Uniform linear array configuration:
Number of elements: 12
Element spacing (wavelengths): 0.25
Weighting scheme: blackman
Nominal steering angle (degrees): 15
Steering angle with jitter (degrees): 14.422
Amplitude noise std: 0.05
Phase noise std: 0.05

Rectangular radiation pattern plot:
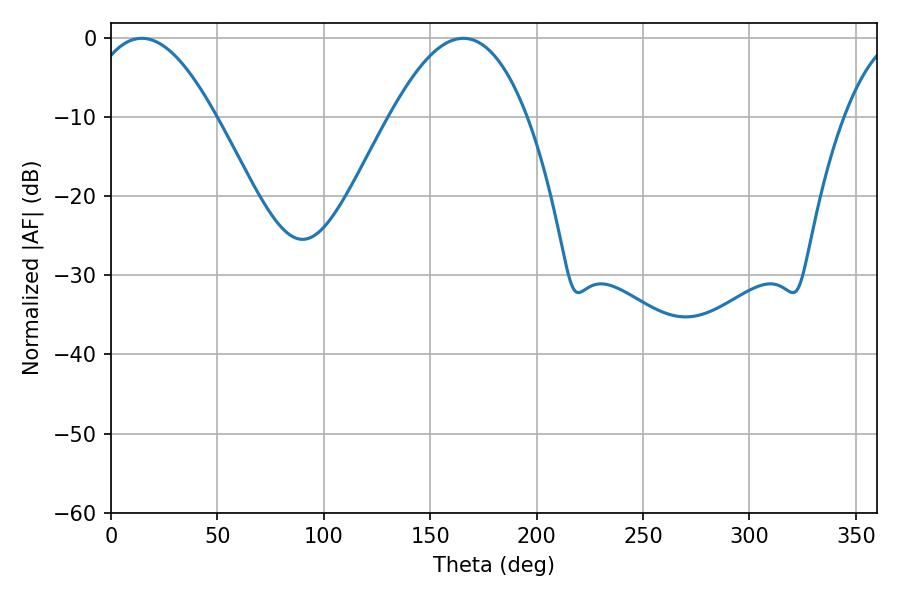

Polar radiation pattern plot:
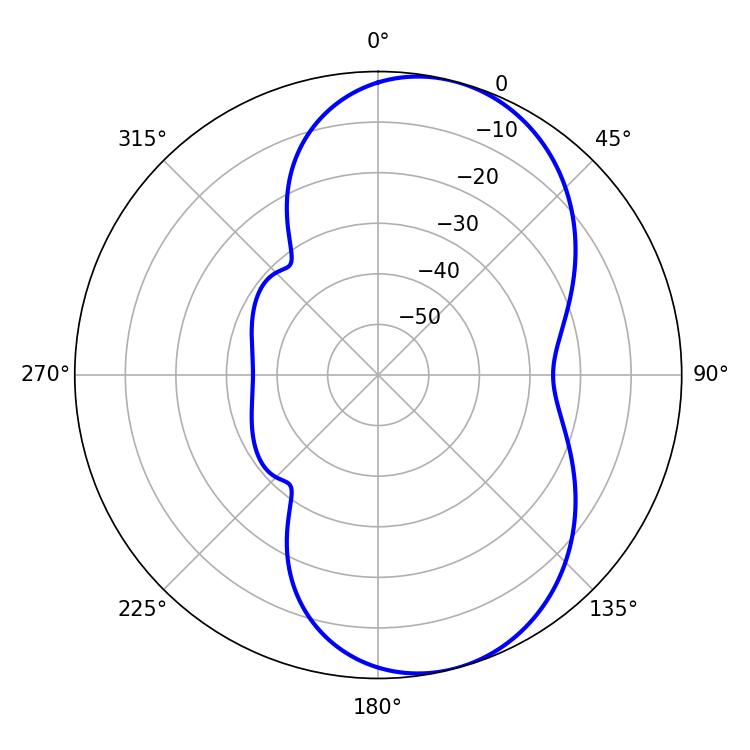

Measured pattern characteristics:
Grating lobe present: FALSE
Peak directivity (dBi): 7.465
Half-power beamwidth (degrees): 32.76
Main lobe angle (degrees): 14.4